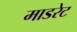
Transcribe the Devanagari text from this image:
माडरेट